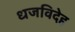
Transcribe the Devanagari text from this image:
धजविदेह